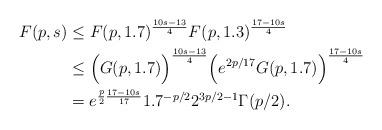
LaTeX: \begin{align*}F(p,s) &\leq F(p, 1.7)^{\frac{10s-13}{4}} F(p, 1.3)^{\frac{17-10s}{4}}\\&\leq \Big(G(p, 1.7)\Big)^{\frac{10s-13}{4}}\Big(e^{2p/17}G(p, 1.7)\Big)^{\frac{17-10s}{4}} \\&= e^{\frac{p}{2}\frac{17-10s}{17}}1.7^{-p/2}2^{3p/2-1}\Gamma(p/2).\end{align*}